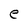
Character: e